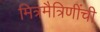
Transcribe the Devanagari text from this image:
मित्रमैत्रिणींची